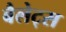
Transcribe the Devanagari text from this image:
बैलेट्स